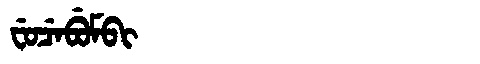
Manchu: ᠸᡠᠴᡝᠪᡠᠮᠪᡳ
Romanization: FUCEBUMBI